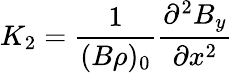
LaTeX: K_{2}=\frac{1}{(B\rho)_{0}}\frac{\partial^{2}B_{y}}{\partial x^{2}}